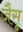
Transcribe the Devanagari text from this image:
जैसू